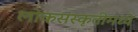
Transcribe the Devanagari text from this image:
लोकसंस्कृतीमध्ये